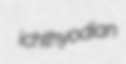
ichthyodian